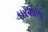
ઘરશાળા